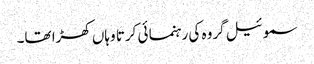
سموئیل گروہ کی رہنما ئی کرتا وہاں کھڑا تھا۔